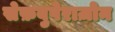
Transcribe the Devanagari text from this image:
सेफ़बुपेराज़ोन